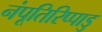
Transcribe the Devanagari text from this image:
नंपूतिरिप्पाडु